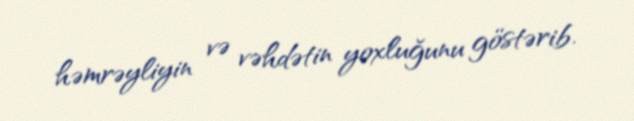
həmrəyliyin və vəhdətin yoxluğunu göstərib.